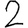
Digit: 2